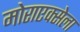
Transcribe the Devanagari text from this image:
मोराएक्सेला